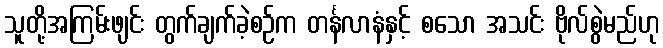
သူတို့အကြမ်းဖျင်း တွက်ချက်ခဲ့စဉ်က တင်္နလာနံနှင့် စသော အသင်း ဗိုလ်စွဲမည်ဟု